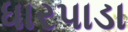
ધારપાડા